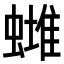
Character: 𧐻